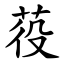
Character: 䓈